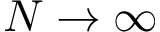
N \rightarrow \infty